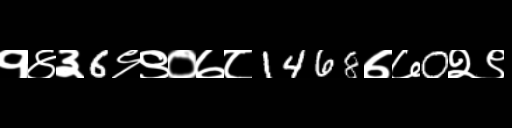
Text: १४३6९९०७८1468७७0२९